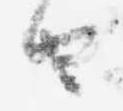
由